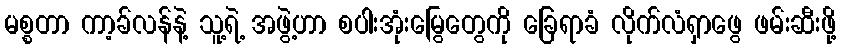
မစ္စတာ ကာ့ခ်လန်နဲ့ သူ့ရဲ့ အဖွဲ့ဟာ စပါးအုံးမြွေတွေကို ခြေရာခံ လိုက်လံရှာဖွေ ဖမ်းဆီးဖို့